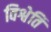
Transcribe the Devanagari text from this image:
विश्वेति